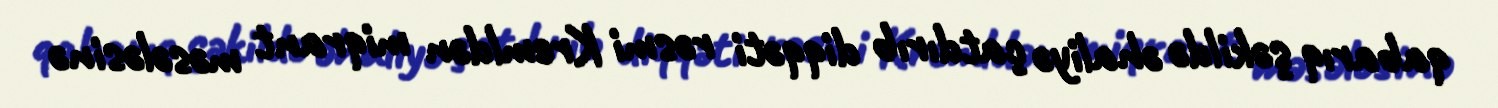
qabarıq şəkildə əhaliyə çatdırıb diqqəti rəsmi Kremldən miqrant məsələsinə